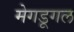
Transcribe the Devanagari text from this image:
मेगडूगल